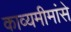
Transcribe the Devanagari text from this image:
काव्यमीमांसे